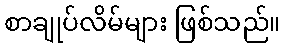
စာချုပ်လိမ်များ ဖြစ်သည်။